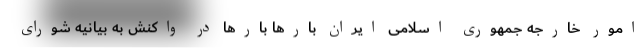
امور خارجه جمهوری اسلامی ایران بارها بارها در واکنش به بیانیه شورای